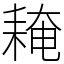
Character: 䎨